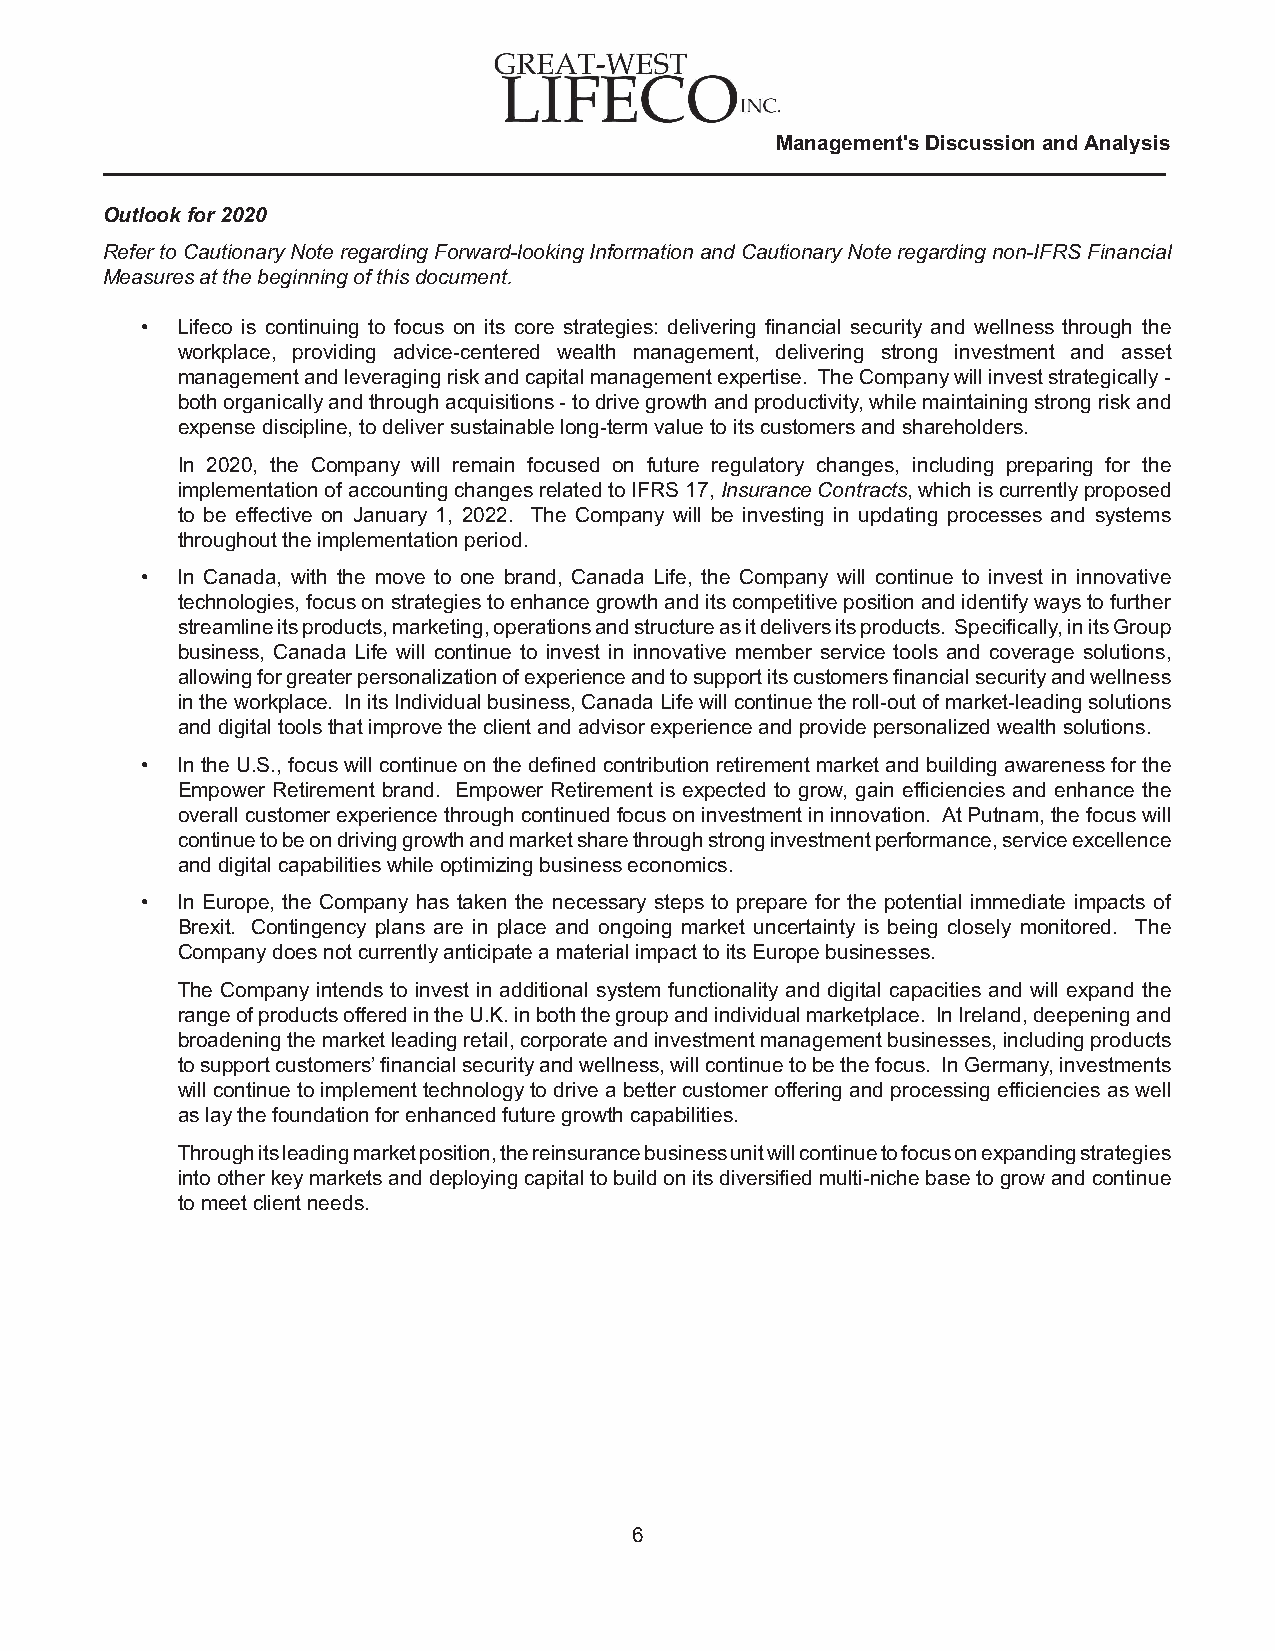
Management's Discussion and Analysis
 Outlook for 2020
 Refer to Cautionary Note regarding Forward-looking Information and Cautionary Note regarding non-IFRS Financial
 Measures at the beginning of this document.
 •  Lifeco is continuing to focus on its core strategies: delivering financial security and wellness through the
 workplace, providing advice-centered wealth management, delivering strong investment and asset
 management and leveraging risk and capital management expertise. The Company will invest strategically -
 both organically and through acquisitions - to drive growth and productivity, while maintaining strong risk and
 expense discipline, to deliver sustainable long-term value to its customers and shareholders.
 In 2020, the Company will remain focused on future regulatory changes, including preparing for the
 implementation of accounting changes related to IFRS 17, Insurance Contracts, which is currently proposed
 to be effective on January 1, 2022. The Company will be investing in updating processes and systems
 throughout the implementation period.
 •  In Canada, with the move to one brand, Canada Life, the Company will continue to invest in innovative
 technologies, focus on strategies to enhance growth and its competitive position and identify ways to further
 streamline its products, marketing, operations and structure as it delivers its products. Specifically, in its Group
 business, Canada Life will continue to invest in innovative member service tools and coverage solutions,
 allowing for greater personalization of experience and to support its customers financial security and wellness
 in the workplace. In its Individual business, Canada Life will continue the roll-out of market-leading solutions
 and digital tools that improve the client and advisor experience and provide personalized wealth solutions.
 •  In the U.S., focus will continue on the defined contribution retirement market and building awareness for the
 Empower Retirement brand. Empower Retirement is expected to grow, gain efficiencies and enhance the
 overall customer experience through continued focus on investment in innovation. At Putnam, the focus will
 continue to be on driving growth and market share through strong investment performance, service excellence
 and digital capabilities while optimizing business economics.
 •  In Europe, the Company has taken the necessary steps to prepare for the potential immediate impacts of
 Brexit. Contingency plans are in place and ongoing market uncertainty is being closely monitored. The
 Company does not currently anticipate a material impact to its Europe businesses.
 The Company intends to invest in additional system functionality and digital capacities and will expand the
 range of products offered in the U.K. in both the group and individual marketplace. In Ireland, deepening and
 broadening the market leading retail, corporate and investment management businesses, including products
 to support customers’ financial security and wellness, will continue to be the focus. In Germany, investments
 will continue to implement technology to drive a better customer offering and processing efficiencies as well
 as lay the foundation for enhanced future growth capabilities.
 Through its leading market position, the reinsurance business unit will continue to focus on expanding strategies
 into other key markets and deploying capital to build on its diversified multi-niche base to grow and continue
 to meet client needs.
 6